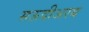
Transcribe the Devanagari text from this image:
सऊदीअरब